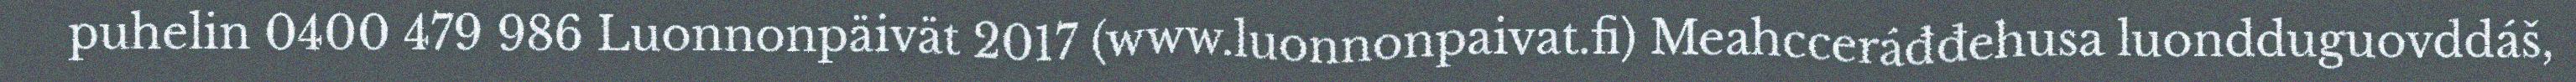
puhelin 0400 479 986 Luonnonpäivät 2017 (www.luonnonpaivat.fi) Meahcceráđđehusa luondduguovddáš,